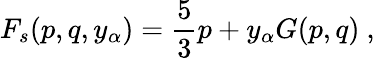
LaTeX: F_{s}(p,q,y_{\alpha})=\frac{5}{3}p+y_{\alpha}G(p,q)\ ,